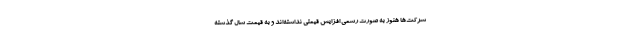
شرکت‌ها هنوز به صورت رسمی افزایش قیمتی نداشته‌اند و به قیمت سال گذشته